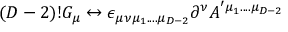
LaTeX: ( D - 2 ) ! G _ { \mu } \leftrightarrow \epsilon _ { \mu \nu \mu _ { 1 } . . . . \mu _ { D - 2 } } \partial ^ { \nu } A ^ { ' \mu _ { 1 } . . . . \mu _ { D - 2 } }